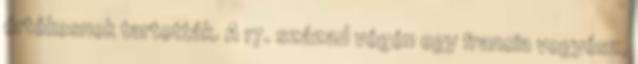
értékesnek tartották. A 17. század végén egy francia vegyész,